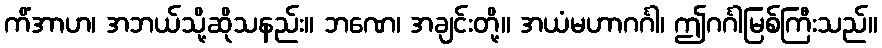
ကိံအာဟ၊ အဘယ်သို့ဆိုသနည်း။ ဘဏေ၊ အချင်းတို့။ အယံမဟာဂင်္ဂါ၊ ဤဂင်္ဂါမြစ်ကြီးသည်။